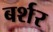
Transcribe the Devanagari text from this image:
बर्शर